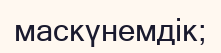
маскүнемдік;